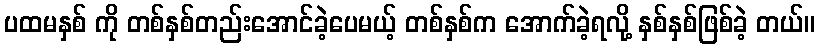
ပထမနှစ် ကို တစ်နှစ်တည်းအောင်ခဲ့ပေမယ့် တစ်နှစ်က အောက်ခဲ့ရလို့ နှစ်နှစ်ဖြစ်ခဲ့ တယ်။